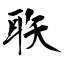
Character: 聅